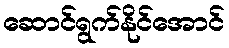
ဆောင်ရွက်နိုင်အောင်